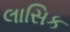
લાસિક